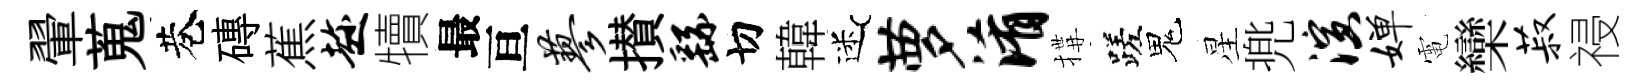
翬蒐巷磚蕉趁犢最亘蓼攅繇切韓迷萝淆搆蹉鬼星兠演婵電欒菽祲